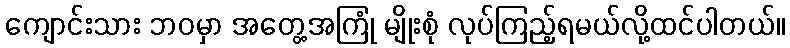
ကျောင်းသား ဘဝမှာ အတွေ့အကြုံ မျိုးစုံ လုပ်ကြည့်ရမယ်လို့ထင်ပါတယ်။